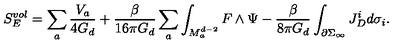
S _ { E } ^ { v o l } = \sum _ { a } \frac { V _ { a } } { 4 G _ { d } } + \frac { \beta } { 1 6 \pi G _ { d } } \sum _ { a } \int _ { M _ { a } ^ { d - 2 } } F \wedge \Psi - \frac { \beta } { 8 \pi G _ { d } } \int _ { \partial \Sigma _ { \infty } } J _ { D } ^ { i } d \sigma _ { i } .